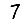
Digit: 7